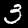
Label: 3